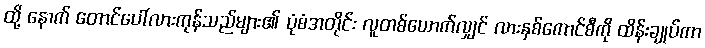
ထို့ နောက် တောင်ပေါ်လားကုန်သည်များ၏ ပုံစံအတိုင်း လူတစ်ယောက်လျှင် လားနှစ်ကောင်စီကို ထိန်းချုပ်ကာ